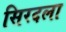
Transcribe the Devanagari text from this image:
सिरदला